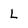
Character: L